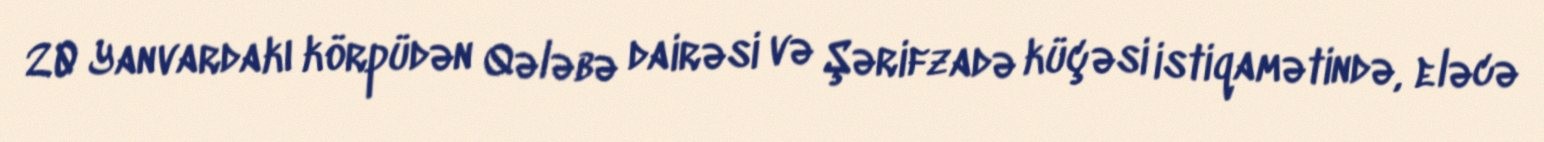
20 Yanvardakı körpüdən Qələbə dairəsi və Şərifzadə küçəsi istiqamətində, eləcə